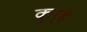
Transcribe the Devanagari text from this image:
कुर्‍हे